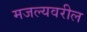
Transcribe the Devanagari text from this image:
मजल्यवरील